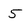
Character: 5